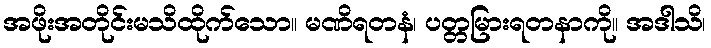
အဖိုးအတိုင်းမသိထိုက်သော။ မဏိရတနံ၊ ပတ္တမြားရတနာကို။ အဒါသိ၊